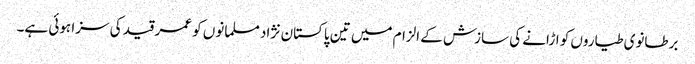
برطانوی طیاروں کو اڑانے کی سازش کے الزام میں تین پاکستان نژاد مسلمانوں کو عمر قید کی سزا ہوئی ہے۔